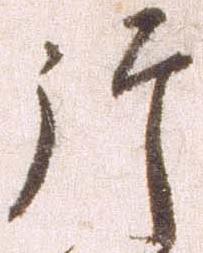
片